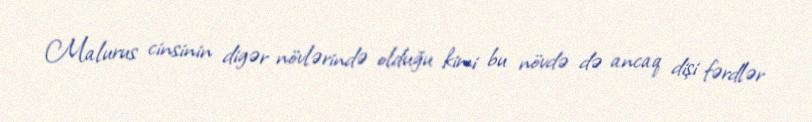
Malurus cinsinin digər növlərində olduğu kimi bu növdə də ancaq dişi fərdlər